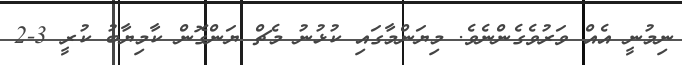
ނިމުނީ އެއް ވަރުވެގެންނެވެ. މިޔަންމާގައި ކުޅުނު މެޗް ޔަންގޮން ކާމިޔާބު ކުރީ 3-2